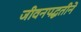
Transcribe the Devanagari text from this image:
जीवनपद्धतीने